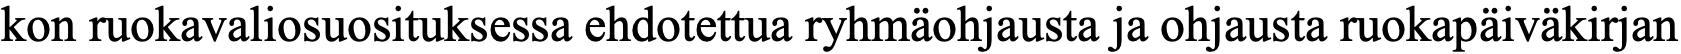
kon ruokavaliosuosituksessa ehdotettua ryhmäohjausta ja ohjausta ruokapäiväkirjan